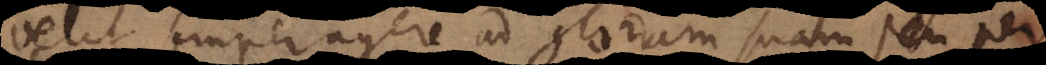
velit semper agere ad gloriam suam seu per